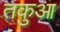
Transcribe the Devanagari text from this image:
तकुआ